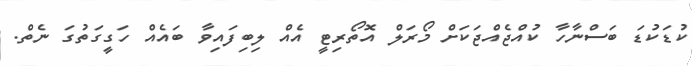
ކުޑަކުޑަ ބަސްނާހާ ކުއްޖެއްޖަކަށް މޯރަލް އޮތޯރިޓީ އެއް ލިބިފައިވާ ބައެއް ހަގީގަތުގަ ނެތް.